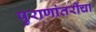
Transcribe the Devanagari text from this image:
पुराणांतरींचा